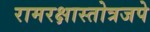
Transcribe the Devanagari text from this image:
रामरक्षास्तोत्रजपे